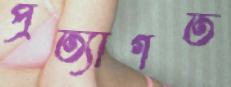
প্রত্যাগত